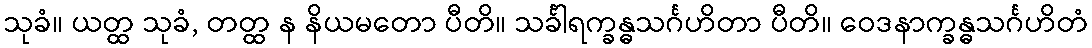
သုခံ။ ယတ္ထ သုခံ, တတ္ထ န နိယမတော ပီတိ။ သင်္ခါရက္ခန္ဓသင်္ဂဟိတာ ပီတိ။ ဝေဒနာက္ခန္ဓသင်္ဂဟိတံ